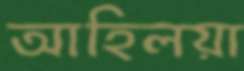
আহিলয়া